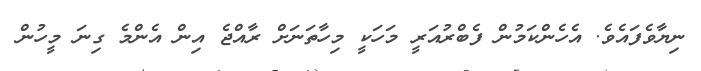
ނިޔާވެފައެވެ. އެހެންކަމުން ފެބްރުއަރީ މަހަކީ މިހާތަނަށް ރާއްޖެ އިން އެންމެ ގިނަ މީހުން